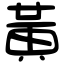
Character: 黃